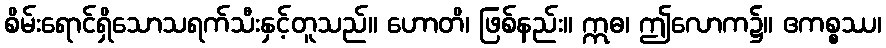
စိမ်းရောင်ရှိသောသရက်သီးနှင့်တူသည်။ ဟောတိ၊ ဖြစ်နည်း။ ဣဓ၊ ဤလောက၌။ ဧကစ္စဿ၊